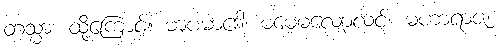
တသ္မာ၊ ထို့ကြောင့်။ မာပမာဒေါ၊ မမေ့မလျော့လင့်။ မဟာရာဇ၊